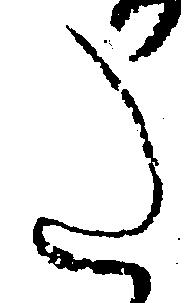
た